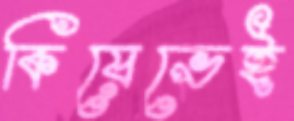
কিয়েভেই